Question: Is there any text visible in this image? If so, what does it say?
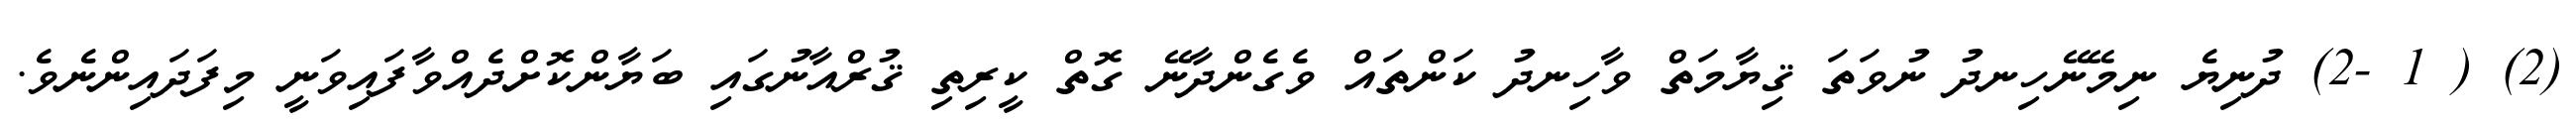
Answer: (2) ( 1 -2) ދުނިޔެ ނިމޭނޭހިނދު ނުވަތަ ޤިޔާމަތް ވާހިނދު ކަންތައް ވެގެންދާނޭ ގޮތް ކީރިތި ޤުރްއާނުގައި ބަޔާންކޮށްދެއްވާފައިވަނީ މިފަދައިންނެވެ.